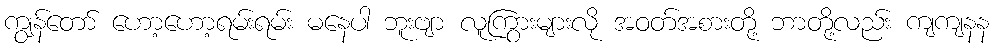
ကျွန်တော် ဟော့ဟော့ရမ်းရမ်း မနေပါ ဘူးဗျာ လူကြွားများလို အဝတ်အစားတို့ ဘာတို့လည်း ကျကျနန